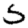
Digit: 5